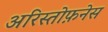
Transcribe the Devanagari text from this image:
अरिस्तोफ़नेस